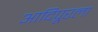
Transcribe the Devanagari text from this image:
आदिपूरला